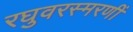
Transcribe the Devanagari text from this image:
रघुवरस्मरणीं